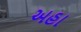
અહા